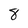
Character: 8